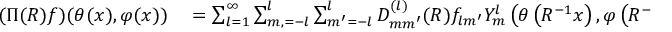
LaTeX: \begin{array} { r l } { ( \Pi ( R ) f ) ( \theta ( x ) , \varphi ( x ) ) } & { { } = \sum _ { l = 1 } ^ { \infty } \sum _ { m , = - l } ^ { l } \sum _ { m ^ { \prime } = - l } ^ { l } D _ { m m ^ { \prime } } ^ { ( l ) } ( R ) f _ { l m ^ { \prime } } Y _ { m } ^ { l } \left( \theta \left( R ^ { - 1 } x \right) , \varphi \left( R ^ { - 1 } x \right) \right) , } \end{array}